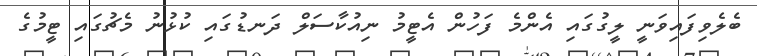
ބެލެވިފައިވަނީ ލީގުގައި އެންމެ ފަހުން އެޓީމު ނިއުކާސަލް ދަނޑުގައި ކުޅުުނު މެޗުގައި ޓީމުގެ